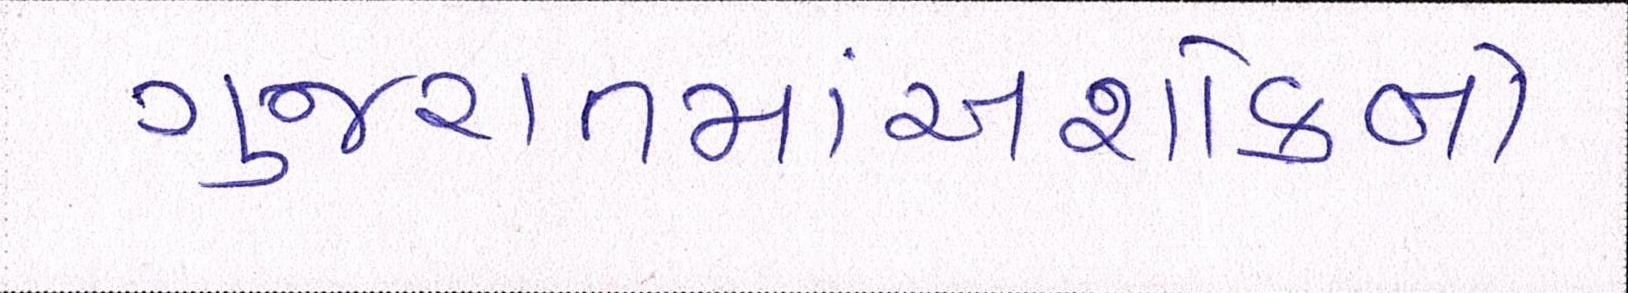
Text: ગુજરાતમાંઅશોકનો